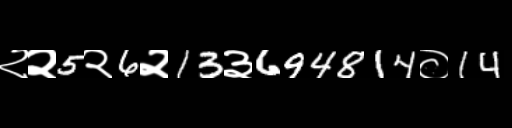
Text: २२5२6२13३694814०14